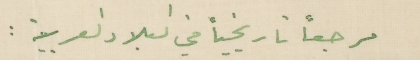
مرجعاً تاريخياً في البلاد العربية :